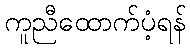
ကူညီထောက်ပံ့ရန်